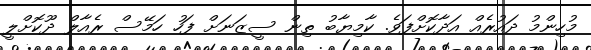
މުހިންމު ދައުރެއް އަދާކޮށްފަވެ. ކާމިޔާބު ތިން ސީޒަނަށް ފަހު ހަމޭސް ރެއާލް ދޫކޮށްލީ